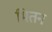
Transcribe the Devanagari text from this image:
मितन